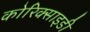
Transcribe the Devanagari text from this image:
कोरिक्साइडी